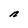
Character: n